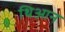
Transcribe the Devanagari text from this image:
थिआन